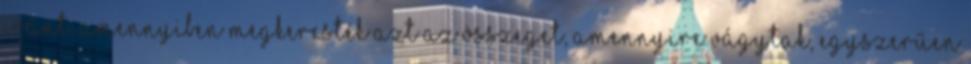
iránt. Amennyiben megkeresték azt az összeget, amennyire vágytak, egyszerűen